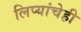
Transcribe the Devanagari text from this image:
लिप्यांचेही